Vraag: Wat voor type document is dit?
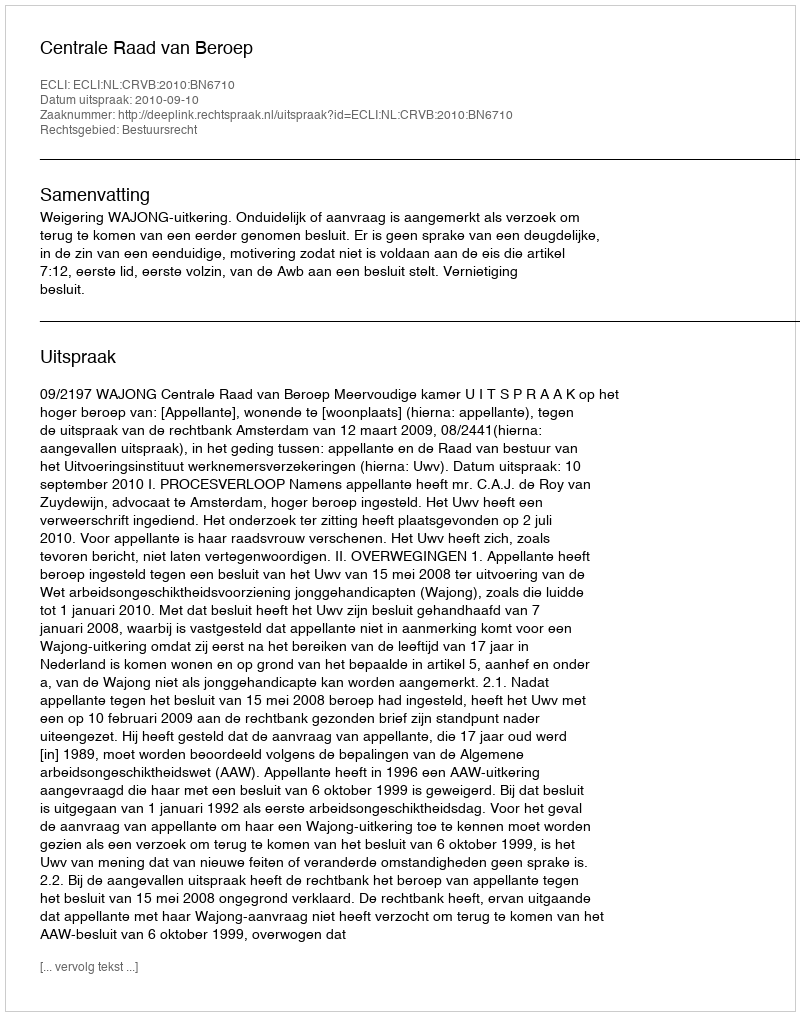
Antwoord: Uitspraak